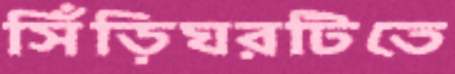
সিঁড়িঘরটিতে